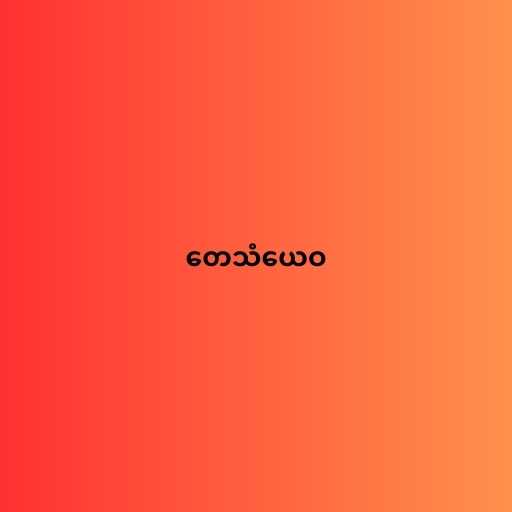
တေသံယေဝ